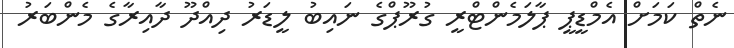
ނެތް ކަމަށް އެމްޑީޕީ ޕާލަމެންޓްރީ ގުރޫޕްގެ ނައިބު ލީޑަރު ދިއްދޫ ދާއިރާގެ މެންބަރު